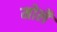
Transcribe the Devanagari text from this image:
मोलै